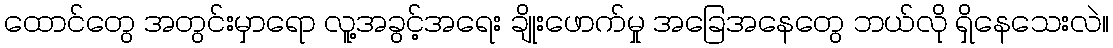
ထောင်တွေ အတွင်းမှာရော လူ့အခွင့်အရေး ချိုးဖောက်မှု အခြေအနေတွေ ဘယ်လို ရှိနေသေးလဲ။